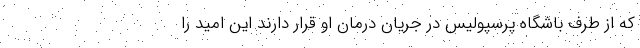
که از طرف باشگاه پرسپولیس در جریان درمان او قرار دارند این امید را